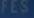
FES